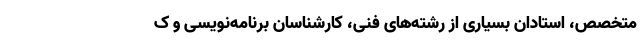
متخصص، استادان بسیاری از رشته‌های فنی، کارشناسان برنامه‌نویسی و ک